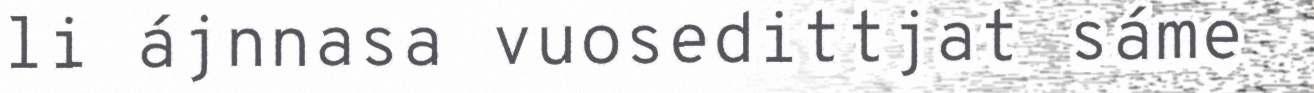
li ájnnasa vuosedittjat sáme